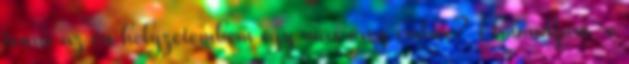
tenne az én helyzetembem egy más öreg ember? Elmondjam-e